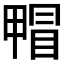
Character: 𤲰